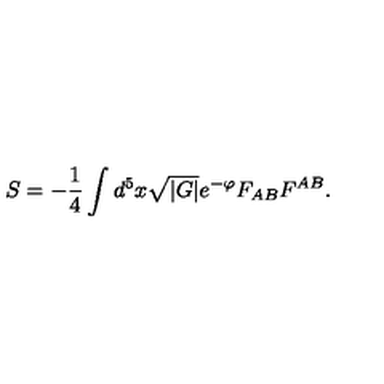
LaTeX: S = - \frac { 1 } { 4 } \int d ^ { 5 } x \sqrt { | G | } e ^ { - \varphi } F _ { A B } F ^ { A B } .